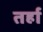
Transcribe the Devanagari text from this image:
तर्हा